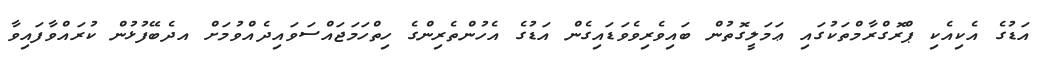
އަޑުގެ އެކިއެކި ޕްރޮގްރާމްތަކުގައި ޢަމަލީގޮތުން ބައިވެރިވެވަޑައިގެން އަޑުގެ އެހުންތެރިންގެ ހިތްހަމަޖައްސަވައިދެއްވުމަށް އދެބޭފުޅުން ކުރައްވާފައިވާ